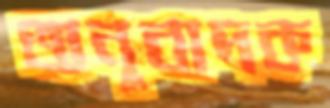
অনুবাদক